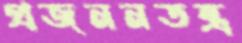
প্রজননতন্ত্র